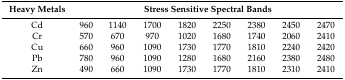
<table><thead><tr><td><b>Heavy Metals</b></td><td colspan="8"><b>Stress Sensitive Spectral Bands</b></td></tr></thead><tbody><tr><td>Cd</td><td>960</td><td>1140</td><td>1700</td><td>1820</td><td>2250</td><td>2380</td><td>2450</td><td>2470</td></tr><tr><td>Cr</td><td>570</td><td>670</td><td>970</td><td>1020</td><td>1680</td><td>1740</td><td>2060</td><td>2410</td></tr><tr><td>Cu</td><td>660</td><td>960</td><td>1090</td><td>1730</td><td>1770</td><td>1810</td><td>2240</td><td>2420</td></tr><tr><td>Pb</td><td>780</td><td>960</td><td>1090</td><td>1280</td><td>1680</td><td>2160</td><td>2380</td><td>2480</td></tr><tr><td>Zn</td><td>490</td><td>660</td><td>1090</td><td>1730</td><td>1770</td><td>1810</td><td>2310</td><td>2410</td></tr></tbody></table>